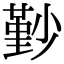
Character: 㝻